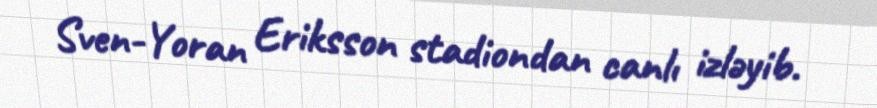
Sven-Yoran Eriksson stadiondan canlı izləyib.